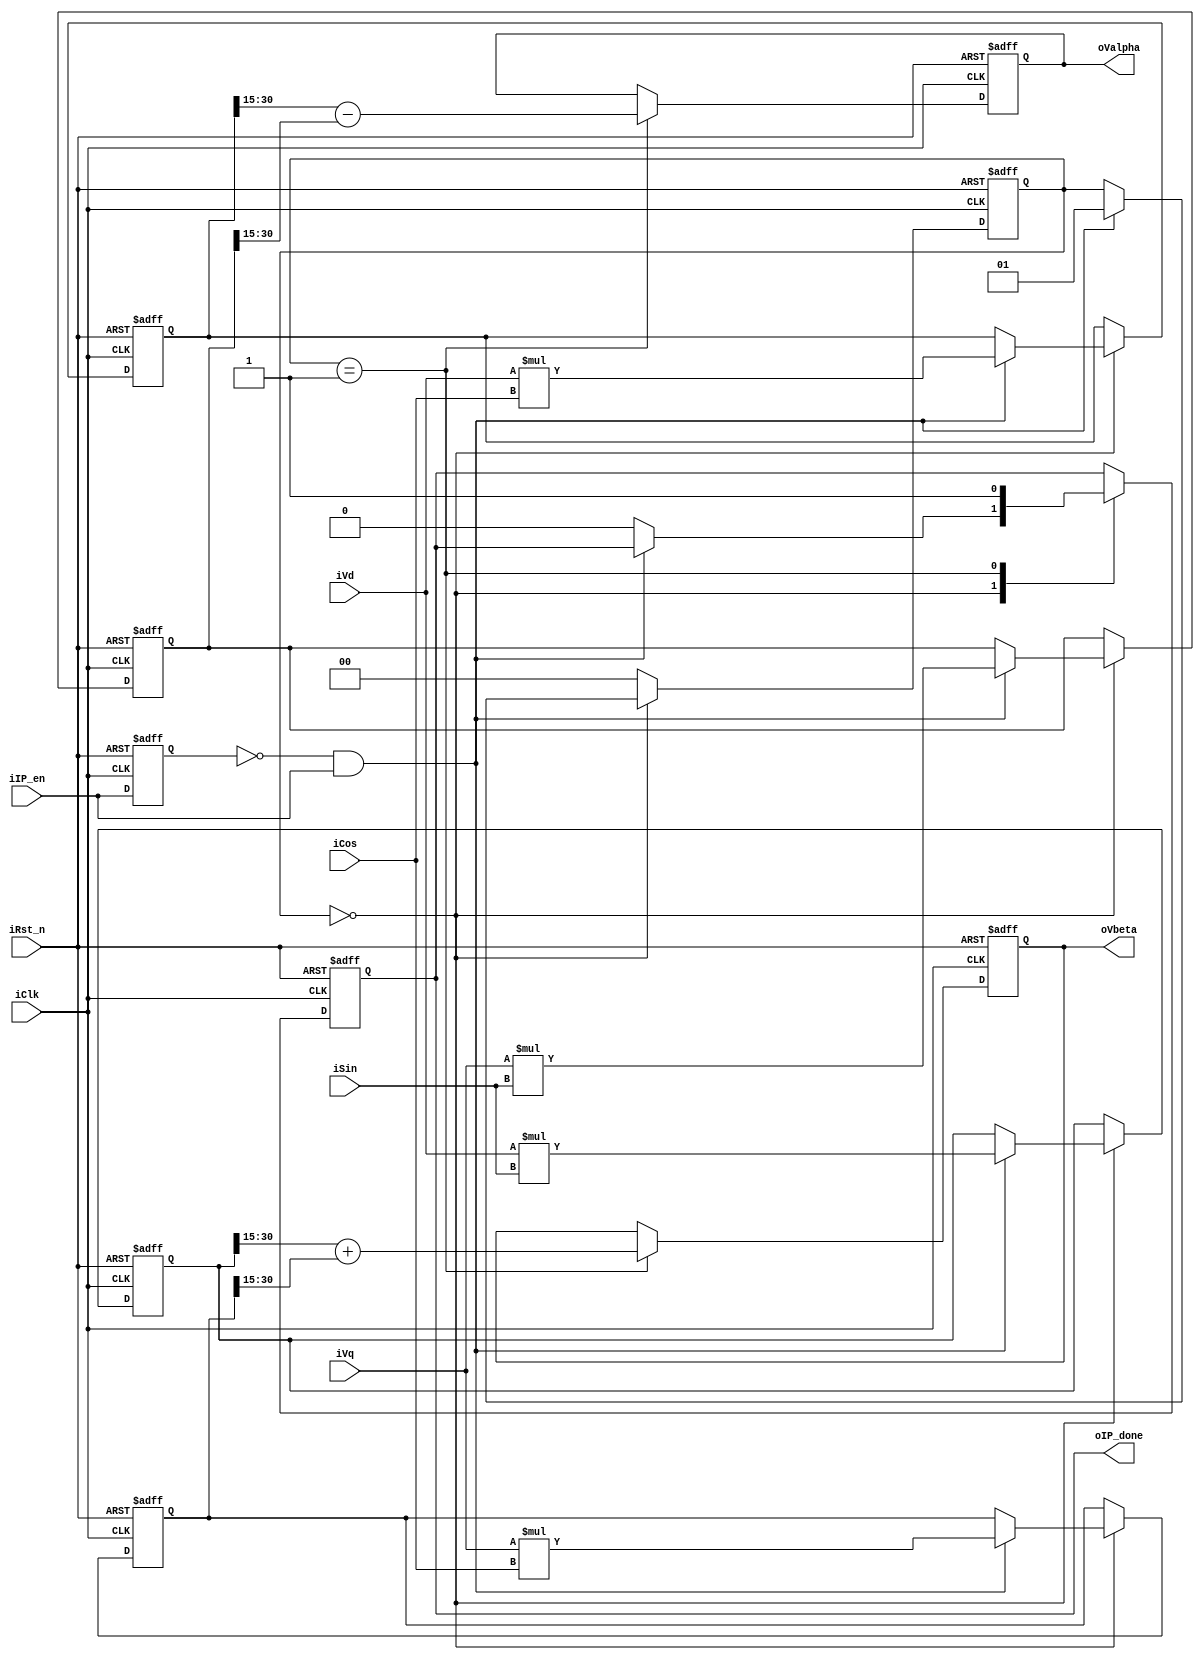
module Inv_Park(
    iClk,
    iRst_n,
    iIP_en,
    iSin,
    iCos,
    iVd,
    iVq,
    oIP_done,
    oValpha,
    oVbeta
);
    input wire iClk;
    input wire iRst_n;
    input wire iIP_en;
    input wire signed [15:0] iSin,iCos;
    input wire signed [15:0] iVd,iVq;
    output reg oIP_done;
    output reg signed [15:0] oValpha,oVbeta;//

    localparam S0 = 2'd0;
    localparam S1 = 2'd1;
    localparam S2 = 2'd2;

    reg nip_en_pre_state;
    reg [1:0] nstate;
    reg signed [31:0] ntemp_dc,ntemp_qs,ntemp_ds,ntemp_qc;

    always @(posedge iClk or negedge iRst_n) begin
        if(!iRst_n) begin
            nip_en_pre_state <= 1'b0;
        end
        else begin
            nip_en_pre_state <= iIP_en;
        end
    end

    always @(posedge iClk or negedge iRst_n) begin
        if(!iRst_n) begin
            ntemp_dc <= 32'd0;
            ntemp_ds <= 32'd0;
            ntemp_qc <= 32'd0;
            ntemp_qs <= 32'd0;
            nstate <=S0;
            oValpha <= 16'd0;
            oVbeta <= 16'd0;
            oIP_done <= 1'b0;
        end
        else begin
            case (nstate)
                S0: begin
                    if((!nip_en_pre_state) & iIP_en) begin
                        ntemp_dc <= iVd * iCos;
                        ntemp_ds <= iVd * iSin;
                        ntemp_qc <= iVq * iCos;
                        ntemp_qs <= iVq * iSin;
                        nstate <= S1;
                    end
                    else begin
                        oIP_done <= 1'b0;
                        nstate <= nstate;
                    end
                end
                S1: begin
                    nstate <= S0;
                    oValpha <= $signed(ntemp_dc[30:15]) - $signed(ntemp_qs[30:15]);
                    oVbeta <= $signed(ntemp_ds[30:15]) + $signed(ntemp_qc[30:15]);
                    oIP_done <= 1'b1;
                end
                default: nstate <= S0;
            endcase
        end
    end

endmodule